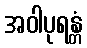
အဝါပုရန္တံ